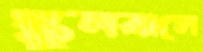
স্কুলবাসে